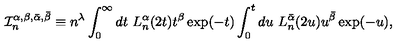
\mathcal { I } _ { n } ^ { \alpha , \beta , \bar { \alpha } , \bar { \beta } } \equiv n ^ { \lambda } \int _ { 0 } ^ { \infty } d t \ L _ { n } ^ { \alpha } ( 2 t ) t ^ { \beta } \exp ( - t ) \int _ { 0 } ^ { t } d u \ L _ { n } ^ { \bar { \alpha } } ( 2 u ) u ^ { \bar { \beta } } \exp ( - u ) ,